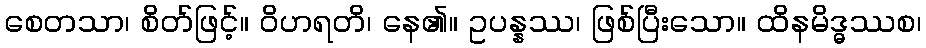
စေတသာ၊ စိတ်ဖြင့်။ ဝိဟရတိ၊ နေ၏။ ဥပန္နဿ၊ ဖြစ်ပြီးသော။ ထိနမိဒ္ဓဿစ၊